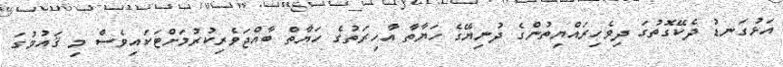
އަޅުގަނޑު ދެކޭގޮތުގަ ދިވެހިރައްޔިތުންގެ ދުނިޔޭގެ ހަޔާތާ އާހިރަތުގެ ހަޔާތް ބާއްޖަވެރިކުރުމަށްޓަކައިވެސް މި ޤައުމުގަ